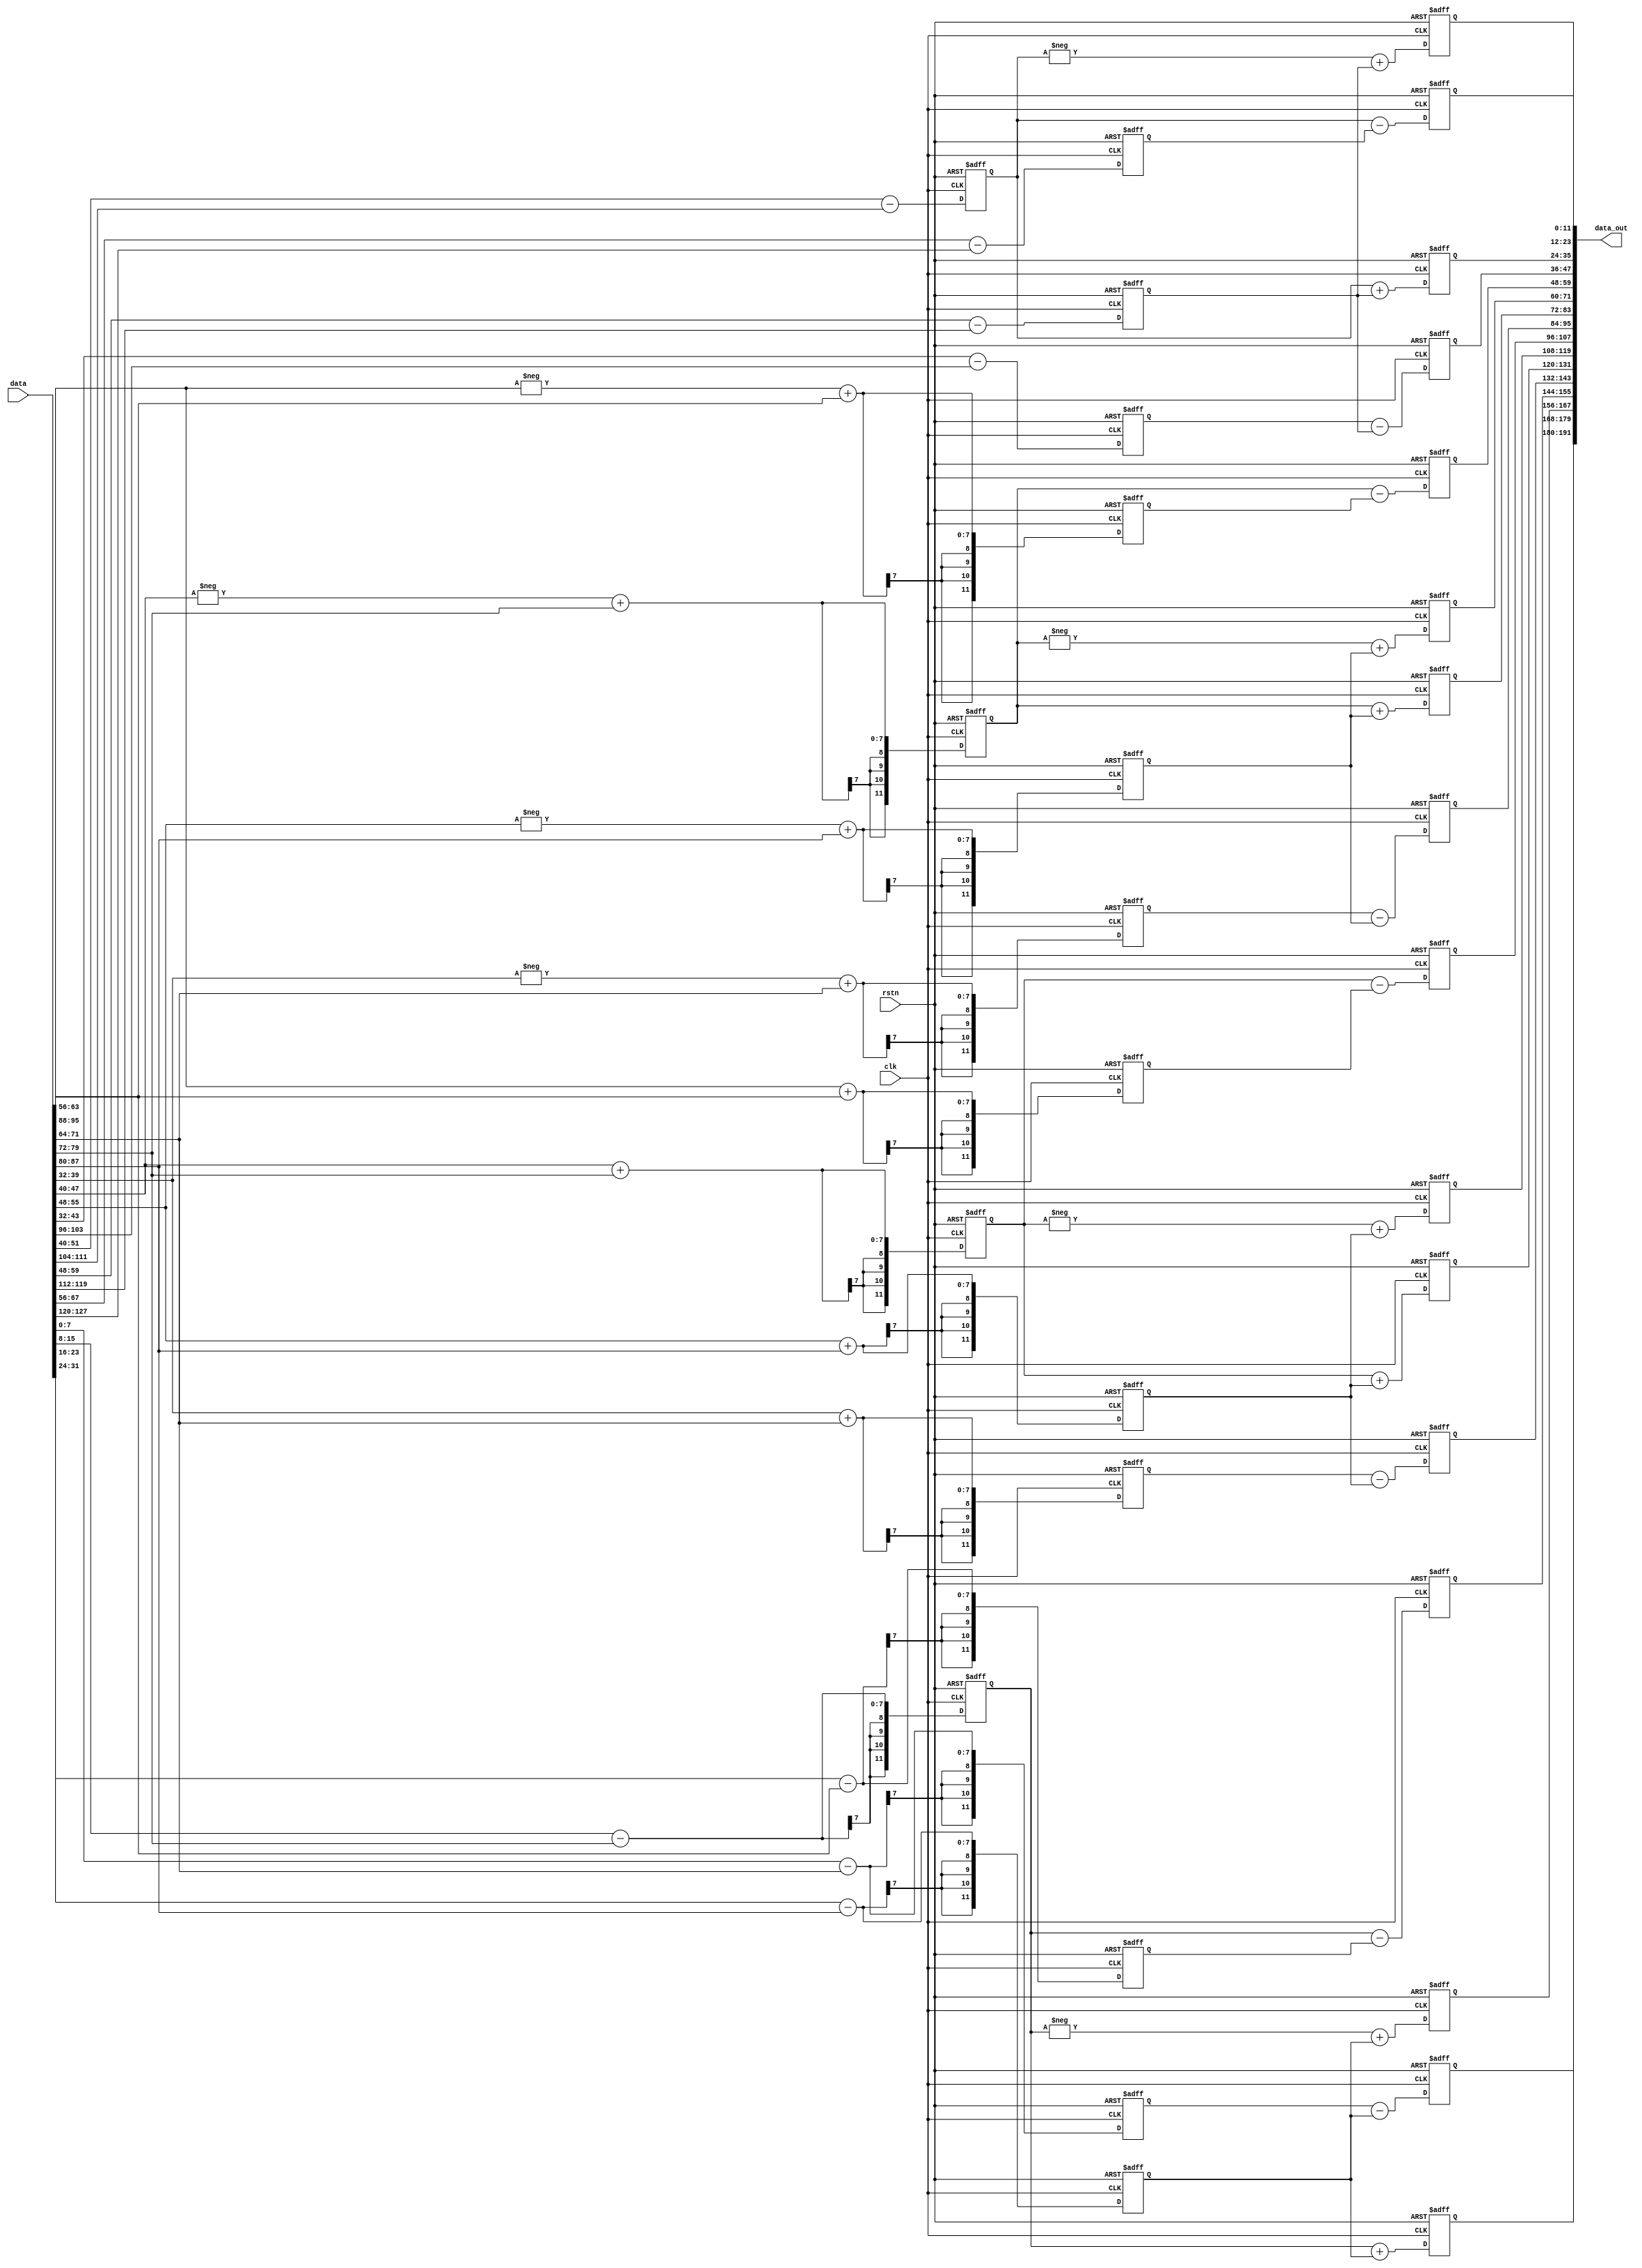
`timescale 1ns / 1ps

//for the fixed B_transpose(4x4)
module wino_data_transform #(parameter WI=8, parameter WO = 12)(
    input clk,
    input rstn, 
    input  [16*WI-1:0] data,
    output [16*WO-1:0] data_out
);

//reg [16*WO-1:0] B_Td;
reg[WO-1:0] Bt_d_00;
reg[WO-1:0] Bt_d_01;
reg[WO-1:0] Bt_d_02;
reg[WO-1:0] Bt_d_03;
reg[WO-1:0] Bt_d_04;
reg[WO-1:0] Bt_d_05;
reg[WO-1:0] Bt_d_06;
reg[WO-1:0] Bt_d_07;
reg[WO-1:0] Bt_d_08;
reg[WO-1:0] Bt_d_09;
reg[WO-1:0] Bt_d_10;
reg[WO-1:0] Bt_d_11;
reg[WO-1:0] Bt_d_12;
reg[WO-1:0] Bt_d_13;
reg[WO-1:0] Bt_d_14;
reg[WO-1:0] Bt_d_15;

//reg [16*WO-1:0] data_transformed;
reg[WO-1:0] Bt_d_B_00;
reg[WO-1:0] Bt_d_B_01;
reg[WO-1:0] Bt_d_B_02;
reg[WO-1:0] Bt_d_B_03;
reg[WO-1:0] Bt_d_B_04;
reg[WO-1:0] Bt_d_B_05;
reg[WO-1:0] Bt_d_B_06;
reg[WO-1:0] Bt_d_B_07;
reg[WO-1:0] Bt_d_B_08;
reg[WO-1:0] Bt_d_B_09;
reg[WO-1:0] Bt_d_B_10;
reg[WO-1:0] Bt_d_B_11;
reg[WO-1:0] Bt_d_B_12;
reg[WO-1:0] Bt_d_B_13;
reg[WO-1:0] Bt_d_B_14;
reg[WO-1:0] Bt_d_B_15;

wire[16*WO-1:0] data_transformed;

always @(posedge clk, negedge rstn) begin 
	if(!rstn) begin
		Bt_d_00 <= 0;
		Bt_d_01 <= 0;
		Bt_d_02 <= 0;
		Bt_d_03 <= 0;
		Bt_d_04 <= 0;
		Bt_d_05 <= 0;
		Bt_d_06 <= 0;
		Bt_d_07 <= 0;
		Bt_d_08 <= 0;
		Bt_d_09 <= 0;
		Bt_d_10 <= 0;
		Bt_d_11 <= 0;
		Bt_d_12 <= 0;
		Bt_d_13 <= 0;
		Bt_d_14 <= 0;
		Bt_d_15 <= 0;

		Bt_d_B_00 <= 0;
		Bt_d_B_01 <= 0;
		Bt_d_B_02 <= 0;
		Bt_d_B_03 <= 0;
		Bt_d_B_04 <= 0;
		Bt_d_B_05 <= 0;
		Bt_d_B_06 <= 0;
		Bt_d_B_07 <= 0;
		Bt_d_B_08 <= 0;
		Bt_d_B_09 <= 0;
		Bt_d_B_10 <= 0;
		Bt_d_B_11 <= 0;
		Bt_d_B_12 <= 0;
		Bt_d_B_13 <= 0;
		Bt_d_B_14 <= 0;
		Bt_d_B_15 <= 0;

	end	

	else begin
		// ------------------------------------------------------------
		// Stage 1: Compute B' * d  
		// ------------------------------------------------------------
		//12bit per cell
		Bt_d_00 <= $signed($signed(data[0*WI +: WI]) - $signed(data[ 8*WI +: WI]));
		Bt_d_01 <= $signed($signed(data[1*WI +: WI]) - $signed(data[ 9*WI +: WI]));
		Bt_d_02 <= $signed($signed(data[2*WI +: WI]) - $signed(data[10*WI +: WI]));
		Bt_d_03 <= $signed($signed(data[3*WI +: WI]) - $signed(data[11*WI +: WI]));

		Bt_d_04 <= $signed($signed(data[4*WI +: WI]) + $signed(data[ 8*WI +: WI]));
		Bt_d_05 <= $signed($signed(data[5*WI +: WI]) + $signed(data[ 9*WI +: WI]));
		Bt_d_06 <= $signed($signed(data[6*WI +: WI]) + $signed(data[10*WI +: WI]));
		Bt_d_07 <= $signed($signed(data[7*WI +: WI]) + $signed(data[11*WI +: WI]));

		Bt_d_08 <= $signed(- $signed(data[4*WI +: WI]) + $signed(data[ 8*WI +: WI]));
		Bt_d_09 <= $signed(- $signed(data[5*WI +: WI]) + $signed(data[ 9*WI +: WI]));
		Bt_d_10 <= $signed(- $signed(data[6*WI +: WI]) + $signed(data[10*WI +: WI]));
		Bt_d_11 <= $signed(- $signed(data[7*WI +: WI]) + $signed(data[11*WI +: WI]));

		Bt_d_12 <= $signed(+ $signed(data[4*WI +: WO]) - $signed(data[12*WI +: WI])); 
		Bt_d_13 <= $signed(+ $signed(data[5*WI +: WO]) - $signed(data[13*WI +: WI]));
		Bt_d_14 <= $signed(+ $signed(data[6*WI +: WO]) - $signed(data[14*WI +: WI]));
		Bt_d_15 <= $signed(+ $signed(data[7*WI +: WO]) - $signed(data[15*WI +: WI]));

		// ------------------------------------------------------------
		// Stage 2: (B' * d) * B
		// ------------------------------------------------------------
		Bt_d_B_00 <= $signed(  $signed(Bt_d_00) - $signed(Bt_d_02)); 
		Bt_d_B_01 <= $signed(  $signed(Bt_d_01) + $signed(Bt_d_02));
		Bt_d_B_02 <= $signed(- $signed(Bt_d_01) + $signed(Bt_d_02));
		Bt_d_B_03 <= $signed(+ $signed(Bt_d_01) - $signed(Bt_d_03)); 

		Bt_d_B_04 <= $signed(  $signed(Bt_d_04) - $signed(Bt_d_06));
		Bt_d_B_05 <= $signed(  $signed(Bt_d_05) + $signed(Bt_d_06));
		Bt_d_B_06 <= $signed(- $signed(Bt_d_05) + $signed(Bt_d_06));
		Bt_d_B_07 <= $signed(+ $signed(Bt_d_05) - $signed(Bt_d_07)); 

		Bt_d_B_08  <= $signed(  $signed(Bt_d_08) - $signed(Bt_d_10));
		Bt_d_B_09  <= $signed(  $signed(Bt_d_09) + $signed(Bt_d_10));
		Bt_d_B_10  <= $signed(- $signed(Bt_d_09) + $signed(Bt_d_10));
		Bt_d_B_11  <= $signed(+ $signed(Bt_d_09) - $signed(Bt_d_11)); 

		Bt_d_B_12  <= $signed(  $signed(Bt_d_12) - $signed(Bt_d_14));
		Bt_d_B_13  <= $signed(  $signed(Bt_d_13) + $signed(Bt_d_14));
		Bt_d_B_14  <= $signed(- $signed(Bt_d_13) + $signed(Bt_d_14));
		Bt_d_B_15  <= $signed(+ $signed(Bt_d_13) - $signed(Bt_d_15)); 

	end 
end


assign data_transformed = {Bt_d_B_00, Bt_d_B_01, Bt_d_B_02, Bt_d_B_03, 
							Bt_d_B_04, Bt_d_B_05, Bt_d_B_06,Bt_d_B_07,
							Bt_d_B_08, Bt_d_B_09, Bt_d_B_10, Bt_d_B_11, 
							Bt_d_B_12, Bt_d_B_13, Bt_d_B_14,Bt_d_B_15
							}; 
assign data_out = data_transformed;

endmodule